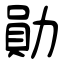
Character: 勛